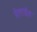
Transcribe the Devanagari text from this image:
मेलाईस